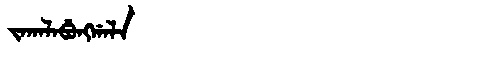
Manchu: ᠵᠠᡴᠠᠯᠠᠪᡠᠩᡤᠠᠯᠠ
Romanization: JAKALABUNGGALA